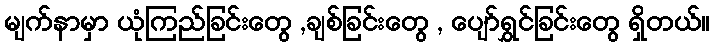
မျက်နာမှာ ယုံကြည်ခြင်းတွေ ,ချစ်ခြင်းတွေ , ပျော်ရွှင်ခြင်းတွေ ရှိတယ်။